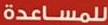
للمساعدة